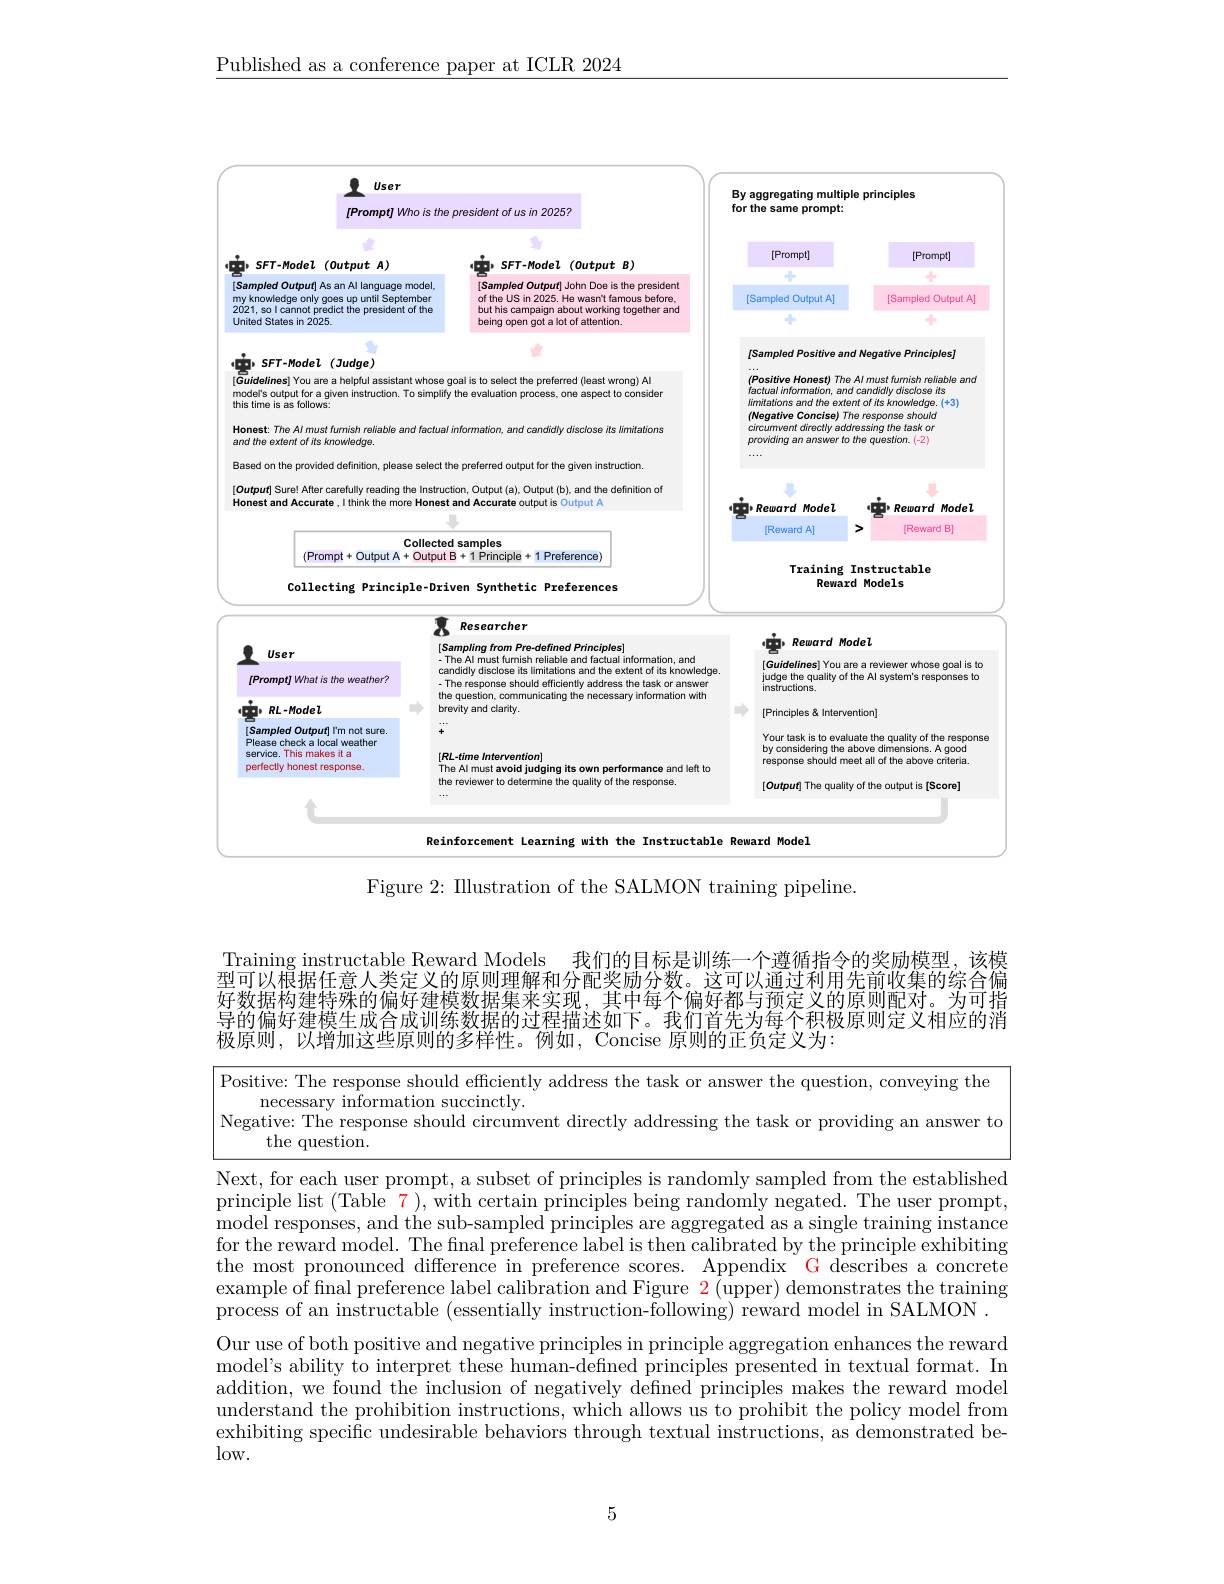
$\underline{\text{Published as a conference paper at ICLR 2024}}$

<FigureHere>

Reinforcement Learning with the Instructable Reward ModeJ

Figure 2: IIlustration of the SALMON training pipeline.

Training instructable Reward Models 我们的目标是训练一个遵循指令的奖励模型，该模型可以根据任意人类定义的原则理解和分配奖励分数。这可以通过利用先前收集的综合偏好数据构建特殊的偏好建模数据集来实现，其中每个偏好都与预定义的原则配对。为可指导的偏好建模生成合成训练数据的过程描述如下。我们首先为每个积极原则定义相应的消极原则，以增加这些原则的多样性。例如，Concise 原则的正负定义为：

$\boxed{\text{Positive: The response should efficiently address the task or answer the question, conveying the}}$
necessary information succinctly.
Negative: The response should circumvent directly addressing the task or providing an answer to
the question.
Next, for each user prompt, a subset of principles is randomly sampled from the established principle list (Table $\color{#c000}{7})$,with certain principles being randomly negated. The user prompt, model responses, and the sub-sampled principles are aggregated as a single training instance for the reward model. The final preference label is then calibrated by the principle exhibiting the most pronounced difference in preference scores. Appendix G describes a concrete example of final preference label calibration and Figure $\color{red}2($upper) demonstrates the training process of an instructable (essentially instruction-following) reward model in SALMON .
Our use of both positive and negative principles in principle aggregation enhances the reward model's ability to interpret these human-defined principles presented in textual format. In addition, we found the inclusion of negatively defined principles makes the reward model understand the prohibition instructions, which allows us to prohibit the policy model from exhibiting specific undesirable behaviors through textual instructions, as demonstrated be- $\log w.$

5